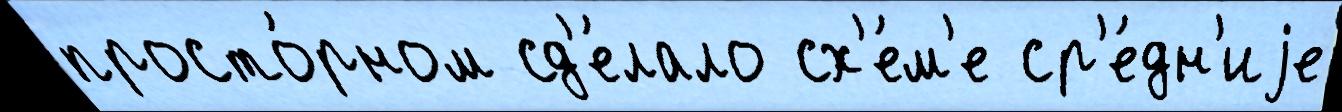
просто́рном сд'е́лало сх'е́м'е ср'е́дн'иjе